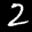
Label: 2